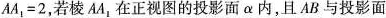
$$AA_{1}=2$$，若棱AA1在正视图的投影面\alpha 内，且AB与投影面